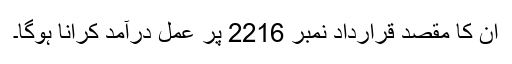
ان کا مقصد قرارداد نمبر 2216 پر عمل درآمد کرانا ہوگا۔